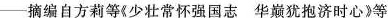
-摘编自方莉等《少壮常怀强国志华巅犹抱济时心》等